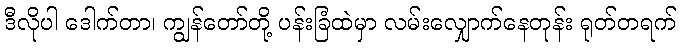
ဒီလိုပါ ဒေါက်တာ၊ ကျွန်တော်တို့ ပန်းခြံထဲမှာ လမ်းလျှောက်နေတုန်း ရုတ်တရက်